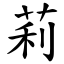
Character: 莉